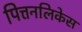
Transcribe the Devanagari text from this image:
पित्तनलिकेस